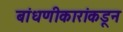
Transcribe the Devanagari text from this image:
बांधणीकारांकडून